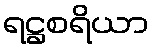
ရဋ္ဌစရိယာ